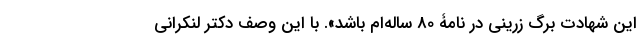
این شهادت برگ زرینی در نامۀ 80 ساله‌ام باشد». با این وصف دکتر لنکرانی